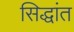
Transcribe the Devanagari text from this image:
सिद्धांत